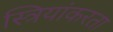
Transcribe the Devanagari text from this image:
स्त्रियांकरता